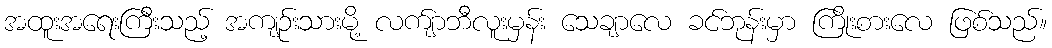
အထူးအရေးကြီးသည့် အကျဉ်းသားမို့ လက်ျာဘီလူးမှန်း သေချာလေ ခင်ဘုန်းမှာ ကြိုးစားလေ ဖြစ်သည်။